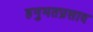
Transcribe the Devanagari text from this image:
हनुमतप्रसाद